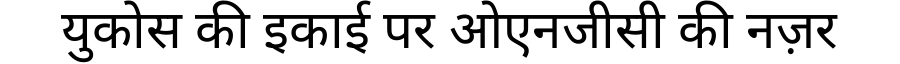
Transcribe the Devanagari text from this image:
युकोस की इकाई पर ओएनजीसी की नज़र